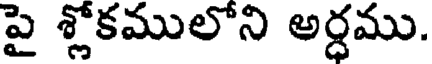
పై శ్లోకములోని అర్ధము.